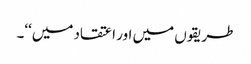
طریقوں میں اور اعتقاد میں‘‘۔